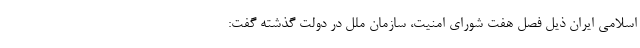
اسلامی ایران ذیل فصل هفت شورای امنیت، سازمان ملل در دولت گذشته گفت: